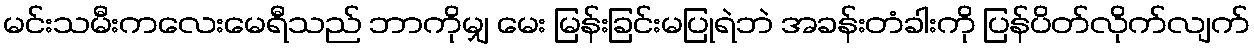
မင်းသမီးကလေးမေရီသည် ဘာကိုမျှ မေး မြန်းခြင်းမပြုရဲဘဲ အခန်းတံခါးကို ပြန်ပိတ်လိုက်လျက်